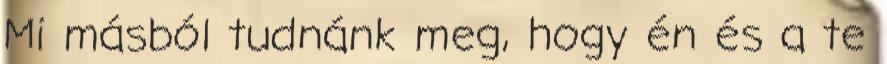
Mi másból tudnánk meg, hogy én és a te